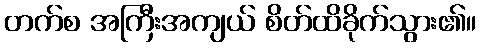
တက်စ အကြီးအကျယ် စိတ်ထိခိုက်သွား၏။